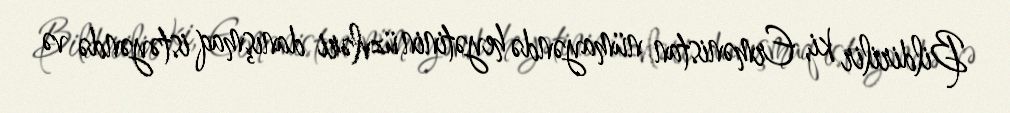
Bildirilir ki, Ermənistan nümayəndə heyətinin üzvləri danışmaq istəyəndə və